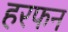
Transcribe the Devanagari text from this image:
हरफन